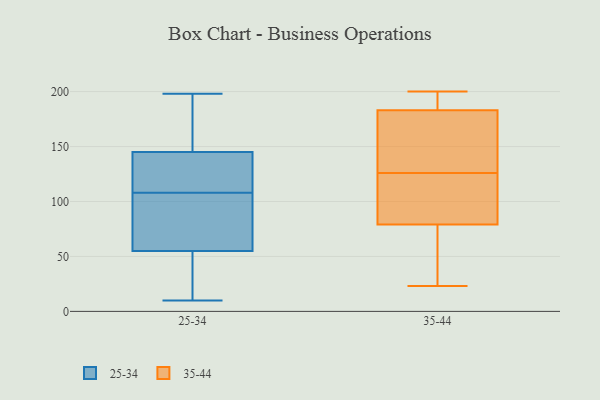
{"axis": {"x": "Budget (USD K)", "y": "Value"}, "legend": ["25-34", "35-44"], "data": [{"x": "", "y": 62, "type": "25-34"}, {"x": "", "y": 125, "type": "25-34"}, {"x": "", "y": 55, "type": "25-34"}, {"x": "", "y": 100, "type": "25-34"}, {"x": "", "y": 10, "type": "25-34"}, {"x": "", "y": 80, "type": "25-34"}, {"x": "", "y": 158, "type": "25-34"}, {"x": "", "y": 121, "type": "25-34"}, {"x": "", "y": 198, "type": "25-34"}, {"x": "", "y": 143, "type": "25-34"}, {"x": "", "y": 24, "type": "25-34"}, {"x": "", "y": 145, "type": "25-34"}, {"x": "", "y": 80, "type": "25-34"}, {"x": "", "y": 154, "type": "25-34"}, {"x": "", "y": 49, "type": "25-34"}, {"x": "", "y": 153, "type": "25-34"}, {"x": "", "y": 20, "type": "25-34"}, {"x": "", "y": 116, "type": "25-34"}, {"x": "", "y": 96, "type": "35-44"}, {"x": "", "y": 135, "type": "35-44"}, {"x": "", "y": 124, "type": "35-44"}, {"x": "", "y": 113, "type": "35-44"}, {"x": "", "y": 23, "type": "35-44"}, {"x": "", "y": 168, "type": "35-44"}, {"x": "", "y": 189, "type": "35-44"}, {"x": "", "y": 197, "type": "35-44"}, {"x": "", "y": 89, "type": "35-44"}, {"x": "", "y": 49, "type": "35-44"}, {"x": "", "y": 43, "type": "35-44"}, {"x": "", "y": 181, "type": "35-44"}, {"x": "", "y": 42, "type": "35-44"}, {"x": "", "y": 126, "type": "35-44"}, {"x": "", "y": 139, "type": "35-44"}, {"x": "", "y": 200, "type": "35-44"}, {"x": "", "y": 194, "type": "35-44"}]}